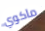
ماكوي